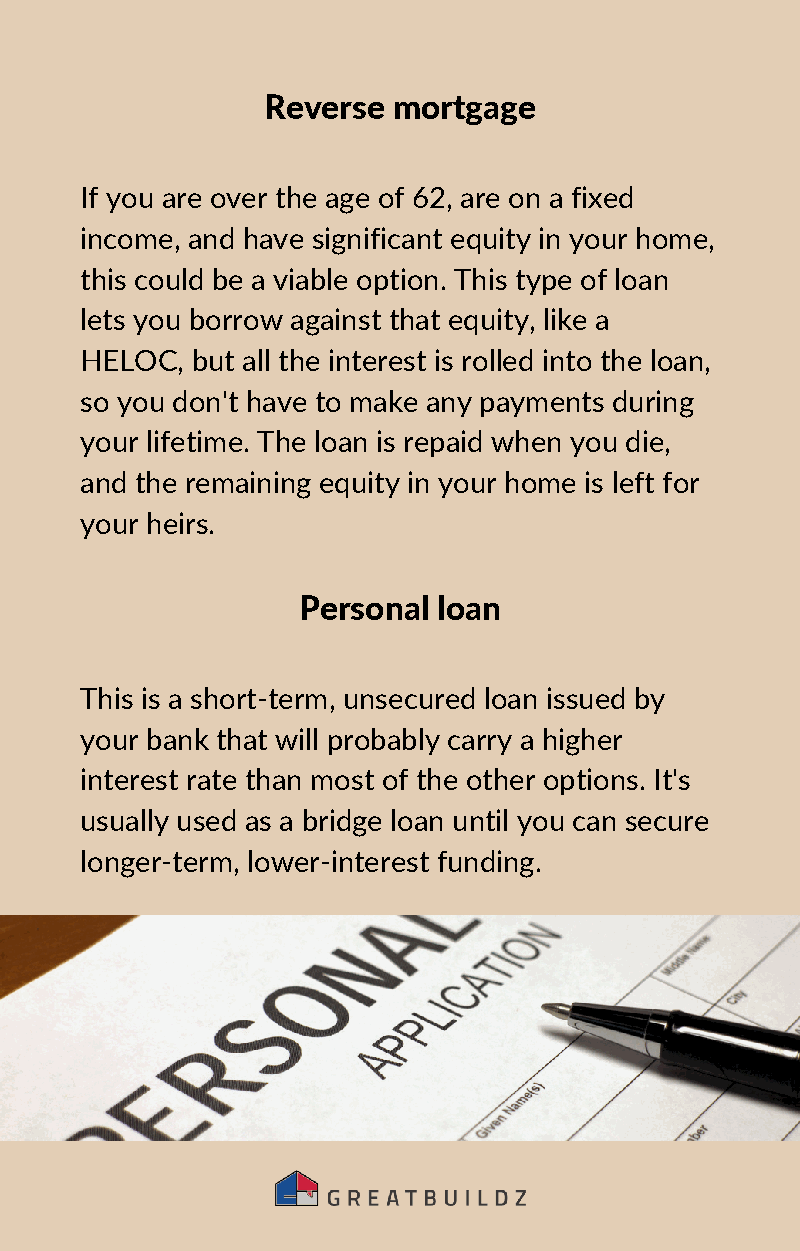
Reverse  mortgage
 If you are over the age of 62, are on a fixed
 income, and have significant equity in your home,
 this could be a viable option. This type of loan
 lets you borrow against that equity, like a
 HELOC,  but all the interest is rolled into the loan,
 so you don't have to make any payments during
 your lifetime. The loan is repaid when you die,
 and the remaining equity in your home is left for
 your heirs.
 Personal loan
 This is a short-term, unsecured loan issued by
 your bank that will probably carry a higher
 interest rate than most of the other options. It's
 usually used as a bridge loan until you can secure
 longer-term, lower-interest funding.